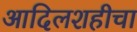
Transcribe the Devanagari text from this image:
आदिलशहीचा